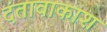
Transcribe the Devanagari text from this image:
दंतावाकाश